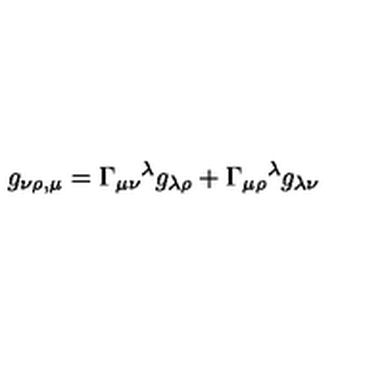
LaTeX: g _ { \nu \rho , \mu } = \Gamma _ { \mu \nu } { } ^ { \lambda } g _ { \lambda \rho } + \Gamma _ { \mu \rho } { } ^ { \lambda } g _ { \lambda \nu }